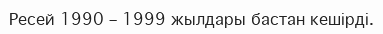
Ресей 1990 – 1999 жылдары бастан кешірді.